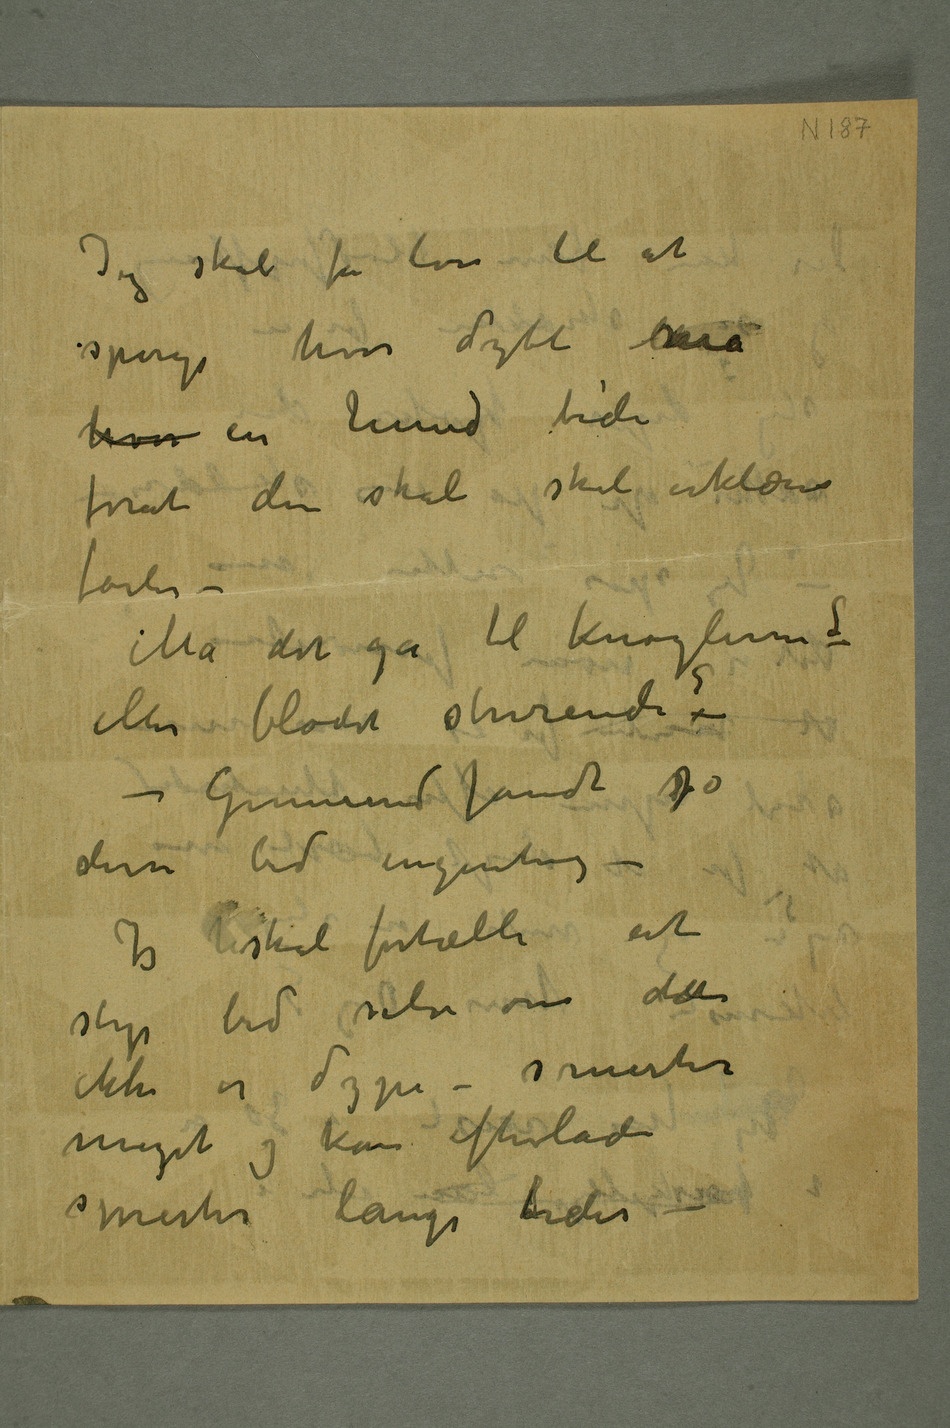
Jeg skal få lov til at
spørge hvor dybt må
hvor en hund bide
forat den skal skal erklæres
farlig –
Må det gå til knoglerne?
eller blodet strirende–?
– Gunnerud fandt jo
disse bid ingenting –
Jeg hskal fortælle at
ikke er dype – smerter
meget og kan efterlade